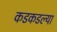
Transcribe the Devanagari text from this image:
कडकडल्या